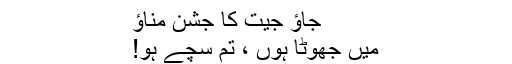
جاؤ جیت کا جشن مناؤ
میں جھوٹا ہوں ، تم سچے ہو!